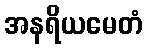
အနရိယမေတံ